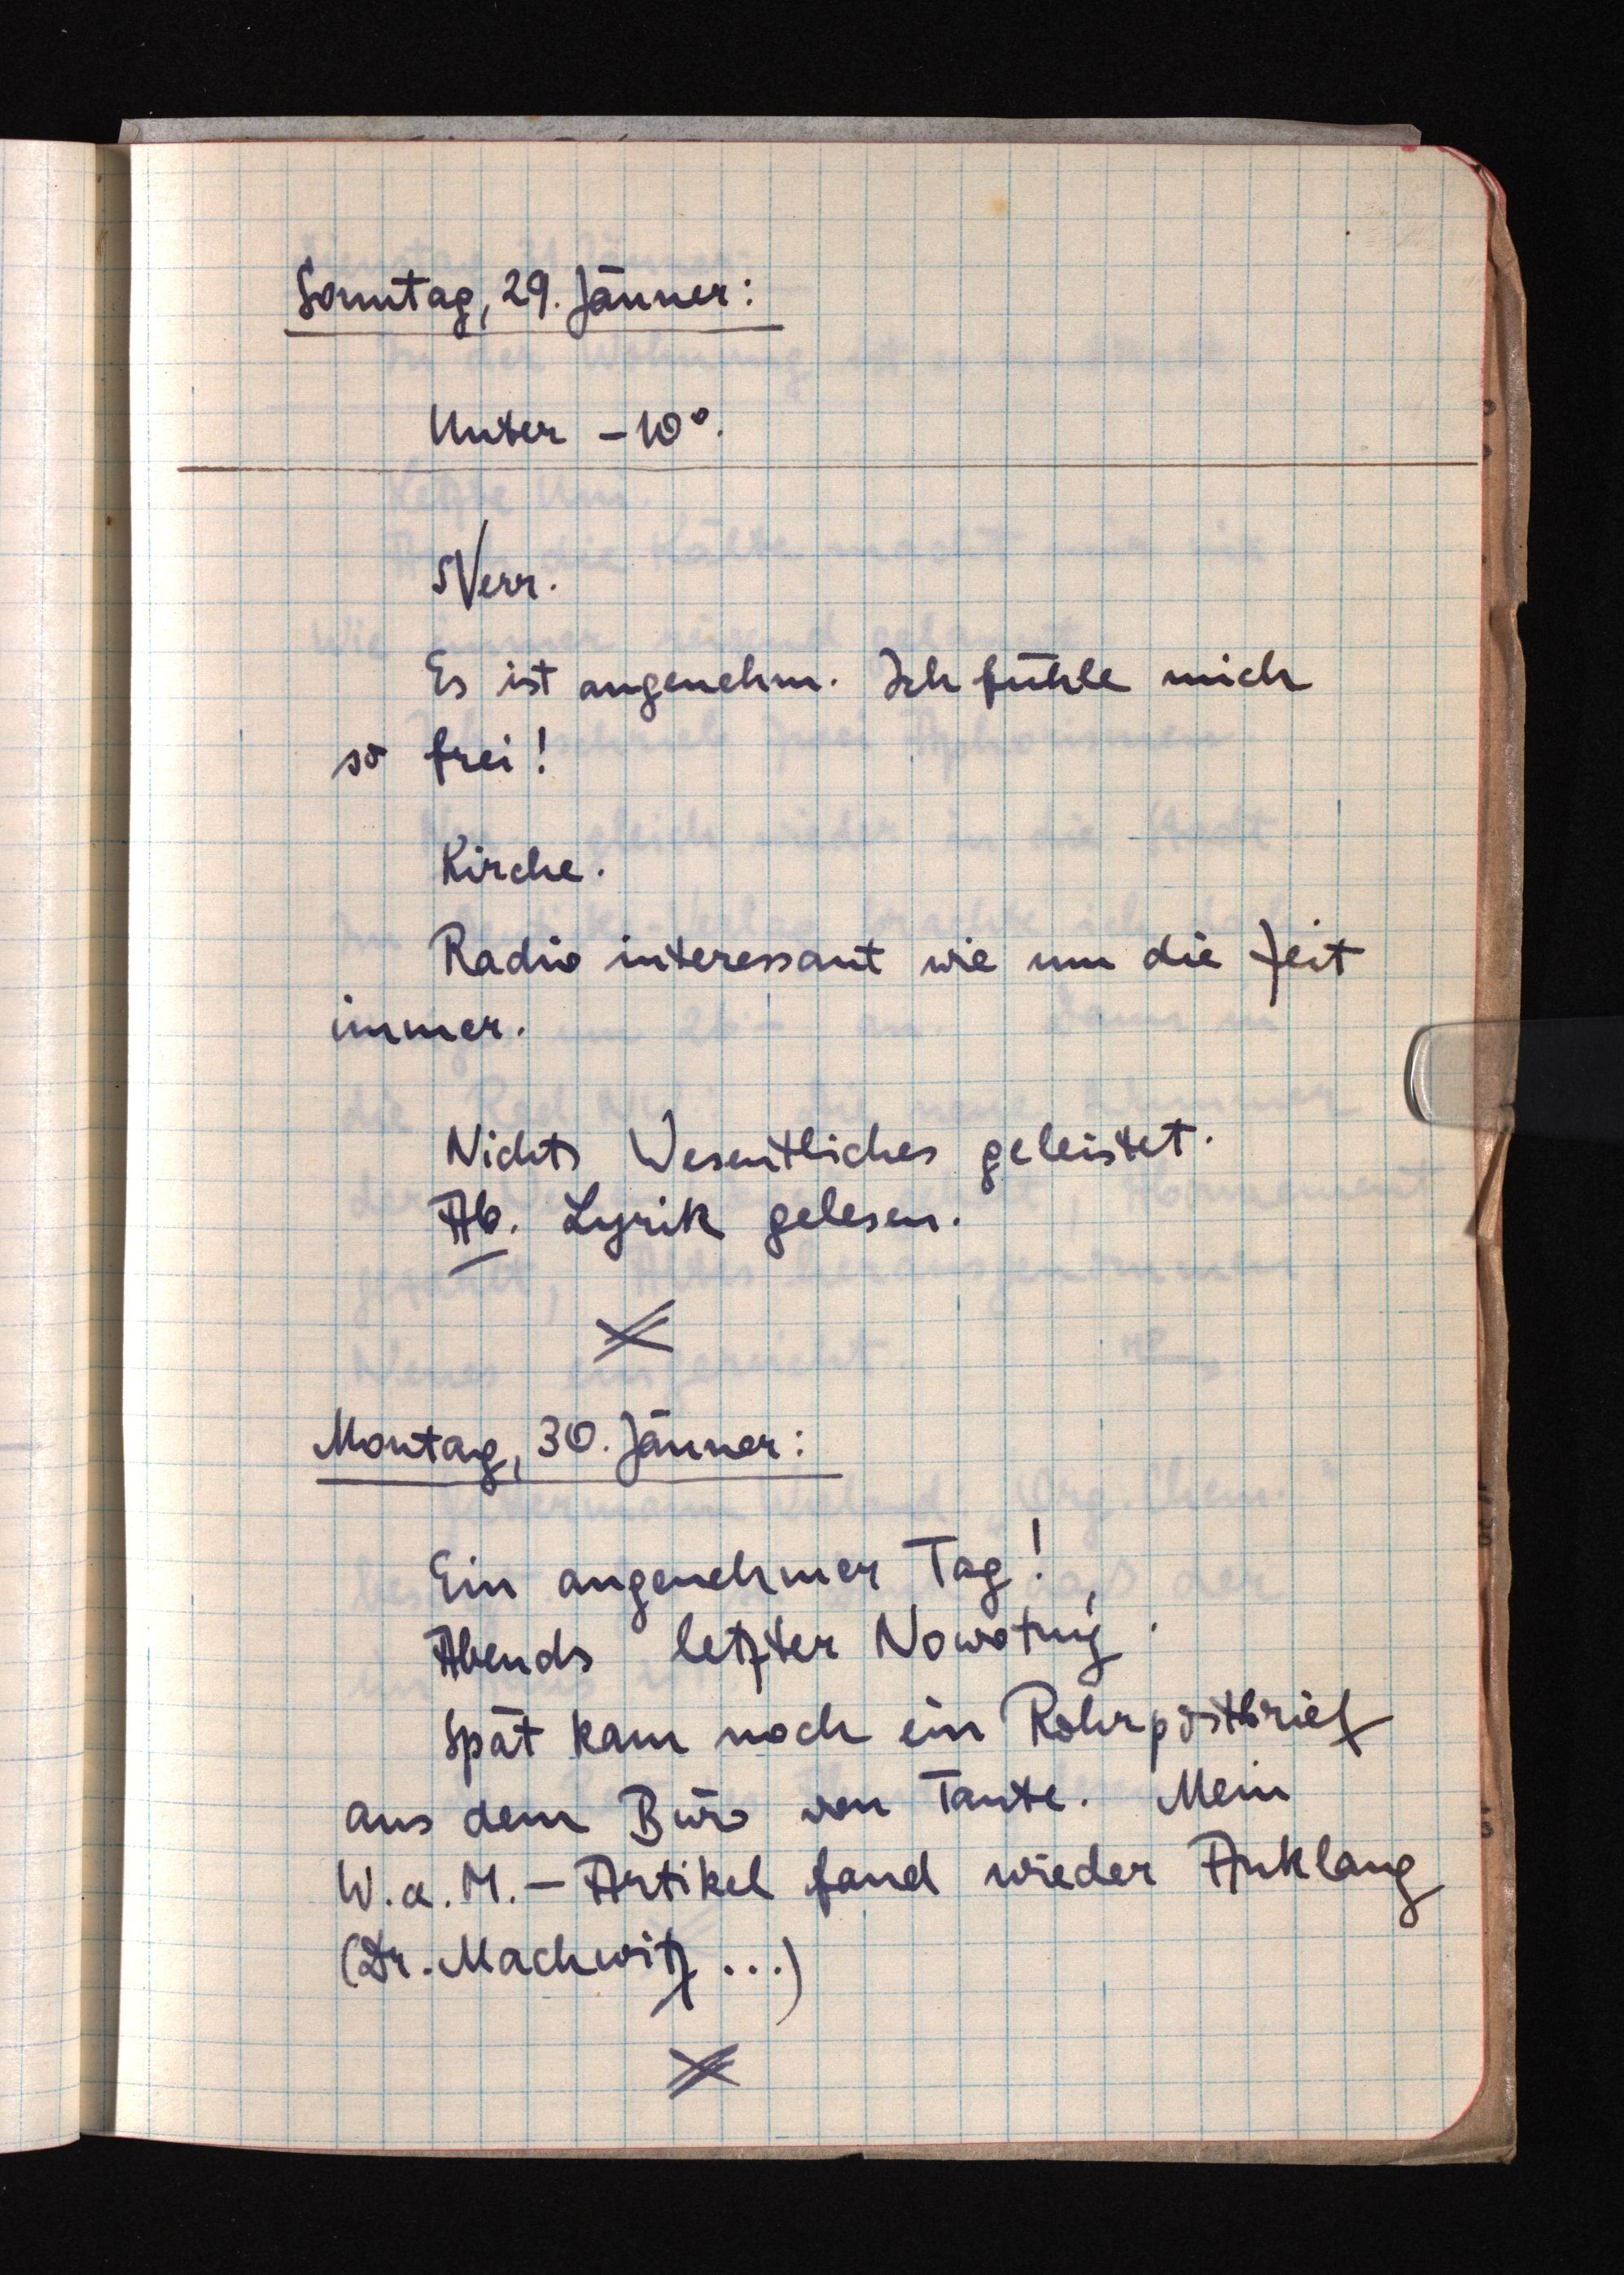
Sonntag, 29. Jänner:
Unter -10°.
SVerr.
Es ist angenehm. Ich fühle mich
so frei!
Kirche.
Radio interessant wie um die Zeit
immer.
Nichts Wesentliches geleistet.
Ab. Lyrik gelesen.
Montag, 30. Jänner:
Ein angenehmer Tag!
Abends letzter Nowotný.
Spät kam noch ein Rohrpostbrief
aus dem Büro von Tante. Mein
W. a. M.-Artikel fand wieder Anklang
(Dr. Machwitz ...)